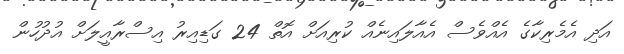
އަދި އެމެރިކާގެ އެއްވެސް އެއާލައިނެއް ކުރިއަށް އޮތް 24 ގަޑިއިރު އިސްރާއީލަށް އުދުހުން